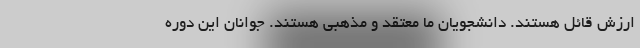
ارزش قائل هستند. دانشجویان ما معتقد و مذهبی هستند. جوانان این دوره